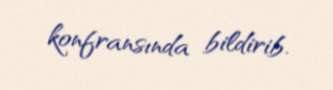
konfransında bildirib.